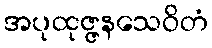
အပုထုဇ္ဇနသေဝိတံ